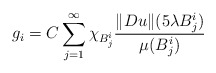
\begin{align*}g_i=C\sum_{j=1}^{\infty}\chi_{B_j^i}\frac{\Vert Du\Vert(5\lambda B_j^i)}{\mu(B_j^i)}\end{align*}